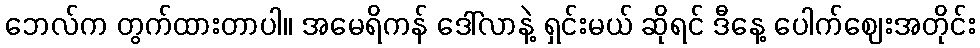
ဘေလ်က တွက်ထားတာပါ။ အမေရိကန် ဒေါ်လာနဲ့ ရှင်းမယ် ဆိုရင် ဒီနေ့ ပေါက်ဈေးအတိုင်း